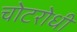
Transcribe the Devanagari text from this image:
चोटरोधी